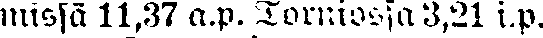
missä 11,37 a.p. Torniossa 3,21 i.p.